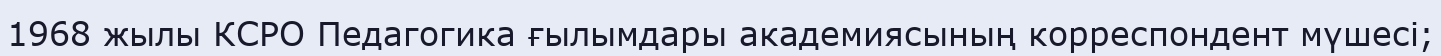
1968 жылы КСРО Педагогика ғылымдары академиясының корреспондент мүшесі;